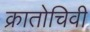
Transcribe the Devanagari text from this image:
क्रातोचिवी